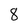
Character: 8